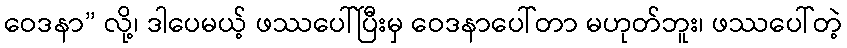
ဝေဒနာ” လို့၊ ဒါပေမယ့် ဖဿပေါ်ပြီးမှ ဝေဒနာပေါ်တာ မဟုတ်ဘူး၊ ဖဿပေါ်တဲ့